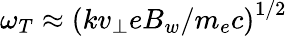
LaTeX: \omega_{T}\approx\left(kv_{\perp}eB_{w}/m_{e}c\right)^{1/2}